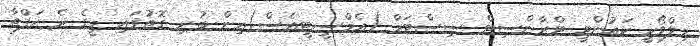
މިލްވޯކީ ކައުންޓީ ޓްރާންސިޓް ސިސްޓަމް (އެމްސީޓީއެސް)އިން ބުނި ގޮތުގައި މީގެ ދެ ހަފްތާ